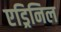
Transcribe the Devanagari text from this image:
एड्रिनिल